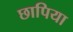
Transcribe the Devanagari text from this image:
छापिया